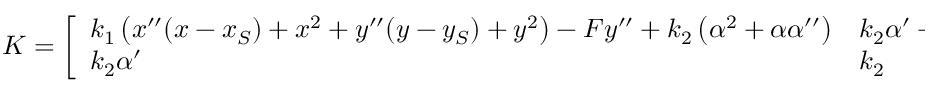
\boldsymbol { K } = \left[ \begin{array} { l l } { k _ { 1 } \left( x ^ { \prime \prime } ( x - x _ { S } ) + x ^ { 2 } + y ^ { \prime \prime } ( y - y _ { S } ) + y ^ { 2 } \right) - F y ^ { \prime \prime } + k _ { 2 } \left( \alpha ^ { 2 } + \alpha \alpha ^ { \prime \prime } \right) } & { k _ { 2 } \alpha ^ { \prime } - F x ^ { \prime } } \\ { k _ { 2 } \alpha ^ { \prime } } & { k _ { 2 } } \end{array} \right] _ { \xi = 0 } ,